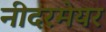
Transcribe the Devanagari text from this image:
नीदरमेयर